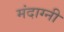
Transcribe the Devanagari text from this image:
मंदाग्नी